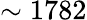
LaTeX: \sim 1782